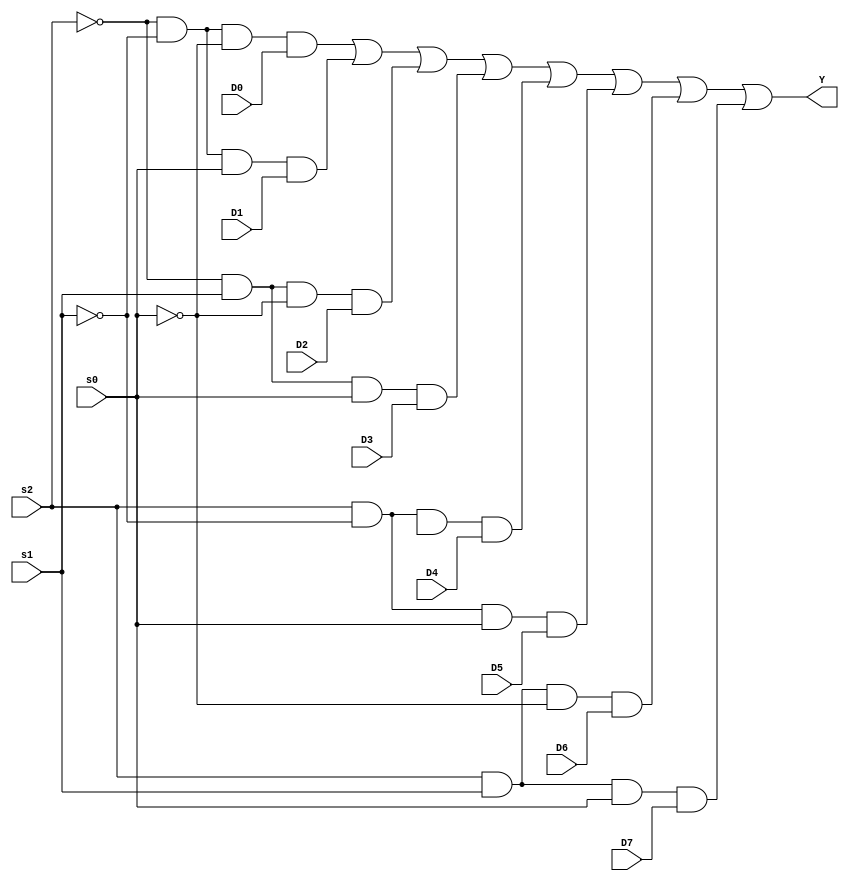
// Code for mux8_1
module mux8_1(
  input D0,D1,D2,D3,D4,D5,D6,D7, 
  input s0,s1,s2,
  output Y);
wire inv0, inv1, inv2; // Inverter outputs.
wire a0, a1, a2, a3, a4, a5, a6, a7 ; // AND gates outputs.
  not  (inv0, s0); //// Inverters.
  not  (inv1, s1);
  not  (inv2, s2);
  and  (a0, inv2, inv1, inv0,D0); //// 3-input AND gates.
  and  (a0, inv2,inv1,inv0,D0);
  and  (a1, inv2,inv1,s0,D1);
  and  (a2, inv2, s1,inv0,D2);
  and  (a3, inv2, s1, s0,D3);
  and  (a4, s2, inv1, invs0,D4);
  and  (a5, s2, inv1, s0,D5);
  and  (a6, s2, s1, inv0,D6);
  and  (a7, s2, s1, s0,D7); 
  or   (Y, a0, a1, a2, a3, a4, a5, a6, a7);//// 8-input OR gate.
endmodule